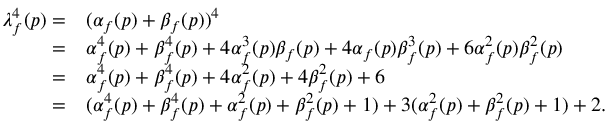
\begin{array} { r l } { \lambda _ { f } ^ { 4 } ( p ) = } & { ( \alpha _ { f } ( p ) + \beta _ { f } ( p ) ) ^ { 4 } } \\ { = } & { \alpha _ { f } ^ { 4 } ( p ) + \beta _ { f } ^ { 4 } ( p ) + 4 \alpha _ { f } ^ { 3 } ( p ) \beta _ { f } ( p ) + 4 \alpha _ { f } ( p ) \beta _ { f } ^ { 3 } ( p ) + 6 \alpha _ { f } ^ { 2 } ( p ) \beta _ { f } ^ { 2 } ( p ) } \\ { = } & { \alpha _ { f } ^ { 4 } ( p ) + \beta _ { f } ^ { 4 } ( p ) + 4 \alpha _ { f } ^ { 2 } ( p ) + 4 \beta _ { f } ^ { 2 } ( p ) + 6 } \\ { = } & { ( \alpha _ { f } ^ { 4 } ( p ) + \beta _ { f } ^ { 4 } ( p ) + \alpha _ { f } ^ { 2 } ( p ) + \beta _ { f } ^ { 2 } ( p ) + 1 ) + 3 ( \alpha _ { f } ^ { 2 } ( p ) + \beta _ { f } ^ { 2 } ( p ) + 1 ) + 2 . } \end{array}